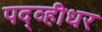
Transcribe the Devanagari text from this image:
पद्व्हीधर